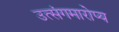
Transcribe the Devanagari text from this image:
उत्संगमारोप्य